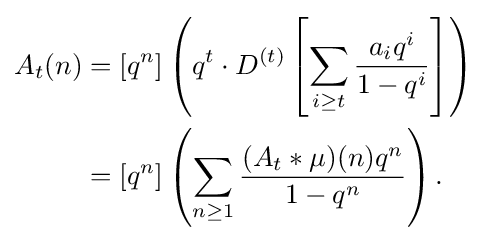
{\begin{aligned}A_{t}(n)&=[q^{n}]\left(q^{t}\cdot D^{(t)}\left[\sum _{i\geq t}{\frac {a_{i}q^{i}}{1-q^{i}}}\right]\right)\\&=[q^{n}]\left(\sum _{n\geq 1}{\frac {(A_{t}\ast \mu )(n)q^{n}}{1-q^{n}}}\right).\end{aligned}}